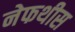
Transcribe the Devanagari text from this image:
नेफथीस